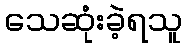
သေဆုံးခဲ့ရသူ